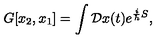
G [ x _ { 2 } , x _ { 1 } ] = \int { \cal D } x ( t ) e ^ { { \frac { i } { h } } S } ,